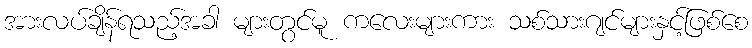
အားလပ်ချိန်ရသည့်အခါ များတွင်မူ ကလေးများကား သစ်သားဂျင်များနှင့်ဖြစ်စေ